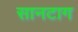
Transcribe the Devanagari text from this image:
सानटाग